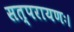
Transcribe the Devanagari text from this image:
सत्परायणः।